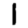
Digit: 1